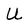
Character: U